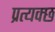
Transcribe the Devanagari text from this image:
प्रत्यक्छ